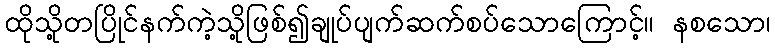
ထိုသို့တပြိုင်နက်ကဲ့သို့ဖြစ်၍ချုပ်ပျက်ဆက်စပ်သောကြောင့်။ နစသော၊